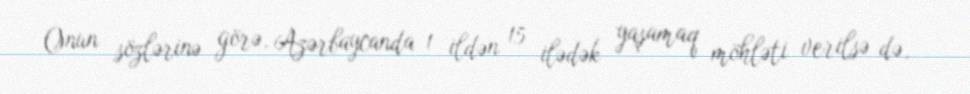
Onun sözlərinə görə, Azərbaycanda 1 ildən 15 ilədək yaşamaq möhləti verilsə də,